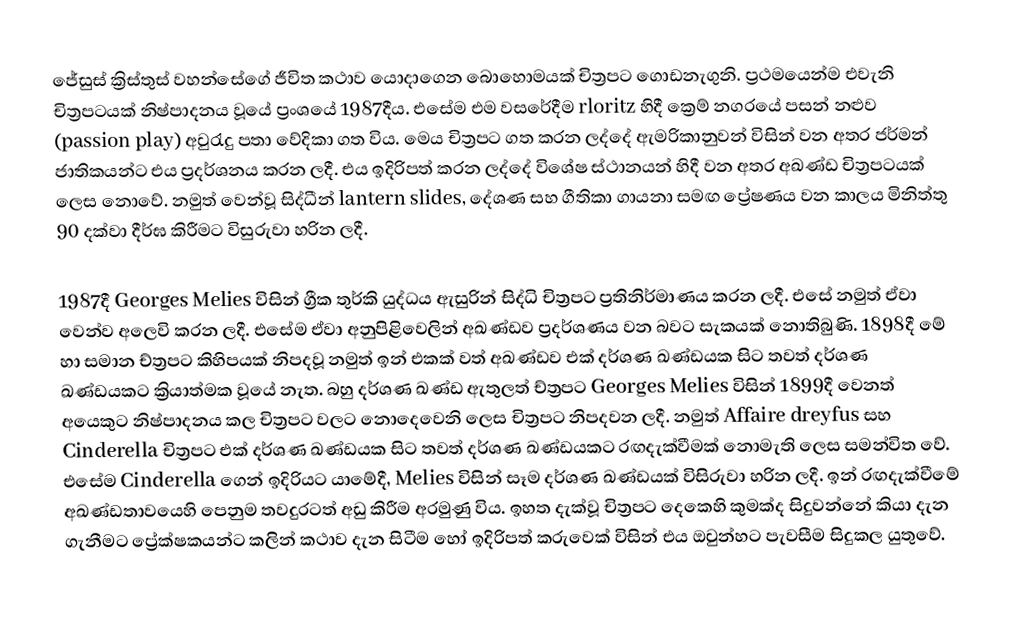
ජේසුස් ක්‍රිස්තුස් වහන්සේගේ ජීවිත කථාව යොදාගෙන බොහොමයක් චිත්‍රපට ගොඩනැගුනි.  ප්‍රථමයෙන්ම එවැනි චිත්‍රපටයක් නිෂ්පාදනය වූයේ ප්‍රංශයේ 1987දීය.  එසේම එම වසරේදීම rloritz හිදී ක්‍රෙම් නගරයේ පසන් නළුව (passion play) අවුරැදු පතා වේදිකා ගත විය.  මෙය චිත්‍රපට ගත කරන ලද්දේ ඇමරිකානුවන් විසින් වන අතර ජර්මන් ජාතිකයන්ට එය ප්‍රදර්ශනය කරන ලදී.  එය ඉදිරිපත් කරන ලද්දේ විශේෂ ස්ථානයන් හිදී වන අතර අඛණ්ඩ චිත්‍රපටයක් ලෙස නොවේ.  නමුත් වෙන්වූ සිද්ධීන් lantern slides, දේශණ සහ ගීතිකා ගායනා සමඟ ප්‍රේෂණය වන කාලය මිනිත්තු 90 දක්වා දීර්ඝ කිරීමට විසුරුවා හරින ලදී.

1987දී Georges Melies විසින් ග්‍රීක තුර්කි යුද්ධය ඇසුරින් සිද්ධි චිත්‍රපට ප්‍රතිනිර්මාණය කරන ලදී.  එසේ නමුත් ඒවා වෙන්ව අලෙවි කරන ලදී.  එසේම ඒවා අනුපිළිවෙලින් අඛණ්ඩව ප්‍රදර්ශණය වන බවට සැකයක් නොතිබුණි.  1898දී මේ හා සමාන ච්ත්‍රපට කිහිපයක් නිපදවූ නමුත් ඉන් එකක් වත් අඛණ්ඩව එක් දර්ශණ ඛණ්ඩයක සිට තවත් දර්ශණ ඛණ්ඩයකට ක්‍රියාත්මක වූයේ නැත.  බහු දර්ශණ ඛණ්ඩ ඇතුලත් ච්ත්‍රපට Georges Melies විසින් 1899දී වෙනත් අයෙකුට නිෂ්පාදනය කල චිත්‍රපට වලට නොදෙවෙනි ලෙස චිත්‍රපට නිපදවන ලදී.  නමුත් Affaire dreyfus සහ Cinderella චිත්‍රපට එක් දර්ශණ ඛණ්ඩයක සිට තවත් දර්ශණ ඛණ්ඩයකට රඟදැක්වීමක් නොමැති ලෙස සමන්විත වේ.  එසේම Cinderella ගෙන් ඉදිරියට යාමේදී, Melies විසින් සෑම දර්ශණ ඛණ්ඩයක් විසිරුවා හරින ලදී.  ඉන් රඟදැක්වීමේ අඛණ්ඩතාවයෙහි පෙනුම තවදුරටත් අඩු කිරීම අරමුණු විය.  ඉහත දැක්වූ චිත්‍රපට දෙකෙහි කුමක්ද සිදුවන්නේ කියා දැන ගැනීමට ප්‍රේක්ෂකයන්ට කලින් කථාව දැන සිටීම හෝ ඉදිරිපත් කරුවෙක් විසින් එය ඔවුන්හට පැවසීම සිදුකල යුතුවේ.